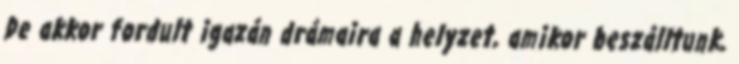
De akkor fordult igazán drámaira a helyzet, amikor beszálltunk,